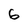
Character: 6